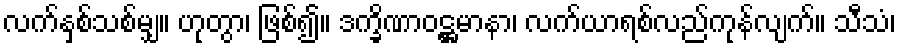
လက်နှစ်သစ်မျှ။ ဟုတွာ၊ ဖြစ်၍။ ဒက္ခိဏာဝဋ္ဌမာနာ၊ လက်ယာရစ်လည်ကုန်လျက်။ သီသံ၊